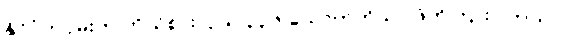
နိုင်ငံတဝှမ်းက ကိုယ်စားလှယ် ၃၃၆ ယောက်ကိုသာ ဖိတ်ကြားပါတယ်။